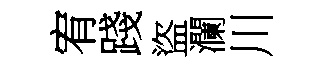
宥踐盜瀾川